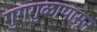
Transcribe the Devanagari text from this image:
गुग्गुळापासून